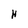
Character: H